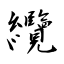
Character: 纜